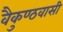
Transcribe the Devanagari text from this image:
वैकुण्ठवासी